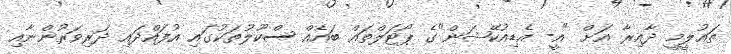
ތައުލީމީ ދާއިރާ އަށް "އީ- އެޑިއުކޭޝަން"ގެ ޕޯޓަލްތައް ބައެއް ސްކޫލުތަކުގައި އުފައްދައި ދަރިވަރުންނާއި